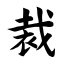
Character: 裁